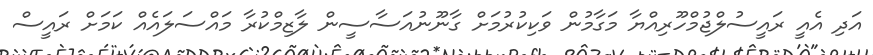
އަދި އެއީ ރައީސުލްޖުމްހޫރިއްޔާ މަގާމުން ވަކިކުރުމަށް ގާނޫނުއަސާސީން ލާޒިމްކުރާ މައްސަލައެއް ކަމަށް ރައީސް